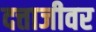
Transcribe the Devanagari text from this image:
दत्ताजीवर